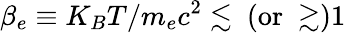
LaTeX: \beta_{e}\equiv K_{B}T/m_{e}c^{2}\lesssim~(\mathrm{{or}~\gtrsim)1}